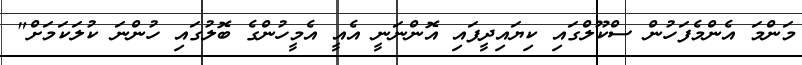
މަންމަ އެންމެފަހުން ސްކޫލްގައި ކިޔައިދީފައި އޮންނަނީ އެއީ އެމީހުންގެ ބޮލުގައި ހުންނަ ކުލަކަމަށް"